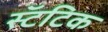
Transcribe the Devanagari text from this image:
स्टॅटिक